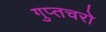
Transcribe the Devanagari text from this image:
गुप्‍तचरो